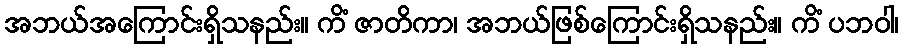
အဘယ်အကြောင်းရှိသနည်း။ ကိံ ဇာတိကာ၊ အဘယ်ဖြစ်ကြောင်းရှိသနည်း။ ကိံ ပဘဝါ၊